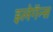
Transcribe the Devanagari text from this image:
इलेगॅन्स